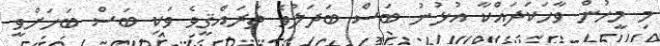
މި މީހުން ވާހަކަދައްކާ އުޅުނު ބަސް ބަދަލުވެ ތަރައްޤީވެ ވަކި ބަސް ބަހަށްވީ